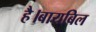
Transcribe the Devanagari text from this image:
है।बायबिल